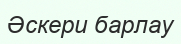
Әскери барлау